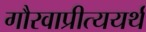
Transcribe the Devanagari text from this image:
गौरवाप्रीत्ययर्थ